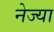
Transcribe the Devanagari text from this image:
नेज्या